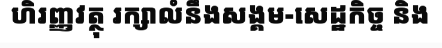
ហិរញ្ញវត្ថុ រក្សាលំនឹងសង្គម-សេដ្ឋកិច្ច និង